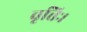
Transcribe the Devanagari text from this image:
वृत्तिः।